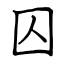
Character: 囚